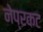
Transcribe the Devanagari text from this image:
नेप्रकट